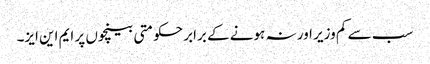
سب سے کم وزیر اور نہ ہونے کے برابر حکومتی بینچوں پر ایم این ایز۔